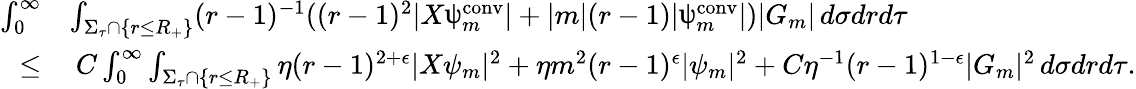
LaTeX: \begin{array}{rl}{\int_{0}^{\infty}}&{\int_{\Sigma_{\tau}\cap\{ r\leq R_{+}\} }(r-1)^{-1}((r-1)^{2}|X\uppsi_{m}^{\mathrm{conv}}|+|m|(r-1)|\uppsi_{m}^{\mathrm{conv}}|)|G_{m}|\, d\sigma drd\tau}\\ {\leq}&{\: C\int_{0}^{\infty}\int_{\Sigma_{\tau}\cap\{ r\leq R_{+}\} }\eta(r-1)^{2+\epsilon}|X\psi_{m}|^{2}+\eta m^{2}(r-1)^{\epsilon}|\psi_{m}|^{2}+C\eta^{-1}(r-1)^{1-\epsilon}|G_{m}|^{2}\, d\sigma drd\tau.}\end{array}